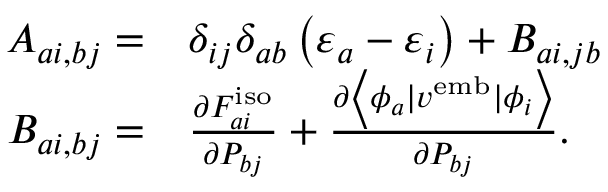
\begin{array} { r l } { A _ { a i , b j } = } & { \delta _ { i j } \delta _ { a b } \left( \varepsilon _ { a } - \varepsilon _ { i } \right) + B _ { a i , j b } } \\ { B _ { a i , b j } = } & { \frac { \partial F _ { a i } ^ { \mathrm { i s o } } } { \partial P _ { b j } } + \frac { \partial \left\langle \phi _ { a } | { v } ^ { \mathrm { e m b } } | \phi _ { i } \right\rangle } { \partial P _ { b j } } . } \end{array}